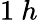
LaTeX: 1~h